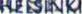
HELSINKI